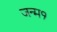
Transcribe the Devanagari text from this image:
जन्म१